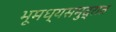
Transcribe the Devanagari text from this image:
भूमध्यसमुद्रात